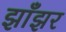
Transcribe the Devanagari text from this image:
झाँझर